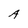
Character: A